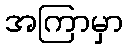
အကြာမှာ